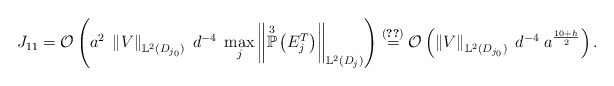
\begin{align*}J_{11} = \mathcal{O}\left( a^{2} \; \left\Vert V \right\Vert_{\mathbb{L}^{2}(D_{j_{0}})} \; d^{-4} \; \max_{j} \left\Vert \overset{3}{\mathbb{P}}\left(E^{T}_j\right) \right\Vert_{\mathbb{L}^{2}(D_j)} \right)\overset{(\ref{max-P1P3})}{=} \mathcal{O}\left( \left\Vert V \right\Vert_{\mathbb{L}^{2}(D_{j_{0}})} \; d^{-4} \; a^{\frac{10+h}{2}} \right).\end{align*}